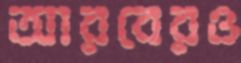
আরবেরও